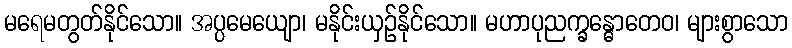
မရေမတွတ်နိုင်သော။ အပ္ပမေယျော၊ မနိုင်းယှဉ်နိုင်သော။ မဟာပုညက္ခန္ဓောတေဝ၊ များစွာသော